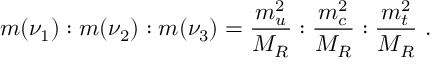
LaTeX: m ( \nu _ { 1 } ) : m ( \nu _ { 2 } ) : m ( \nu _ { 3 } ) = \frac { m _ { u } ^ { 2 } } { M _ { R } } : \frac { m _ { c } ^ { 2 } } { M _ { R } } : \frac { m _ { t } ^ { 2 } } { M _ { R } } ~ .